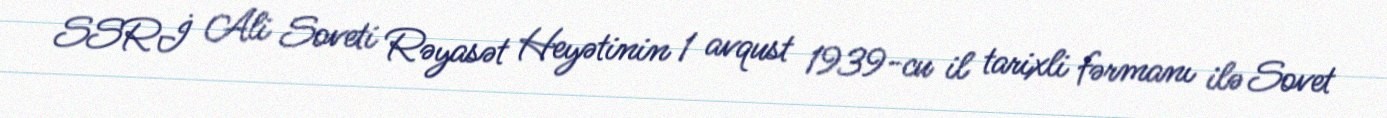
SSRİ Ali Soveti Rəyasət Heyətinin 1 avqust 1939-cu il tarixli fərmanı ilə Sovet